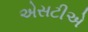
એસટીએ